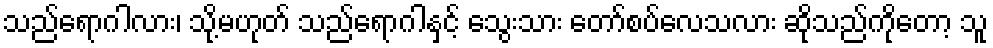
သည်ရောဂါလား၊ သို့မဟုတ် သည်ရောဂါနှင့် သွေးသား တော်စပ်လေသလား ဆိုသည်ကိုတော့ သူ